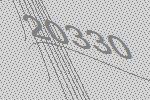
20330